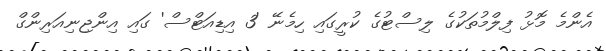
އެންމެ މޮޅު ފިލްމުތަކުގެ ލިސްޓުގެ ކުރީގައި ހިމެނޭ '3 އިޑިއަޓްސް' ގައި އިންޖިނިއަރިންގް